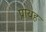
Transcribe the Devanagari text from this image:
प्रायह